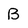
Character: B